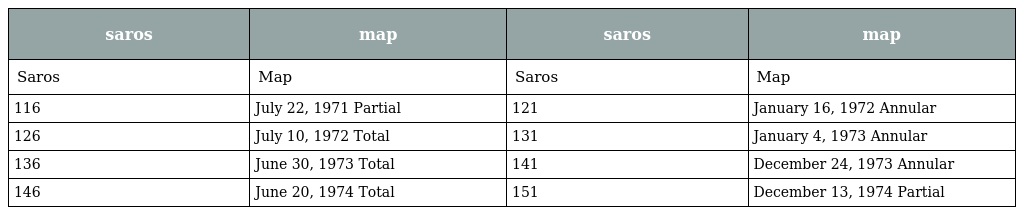
| saros | map | saros | map |
 | --- | --- | --- | --- |
 | Saros | Map | Saros | Map |
 | 116 | July 22, 1971 Partial | 121 | January 16, 1972 Annular |
 | 126 | July 10, 1972 Total | 131 | January 4, 1973 Annular |
 | 136 | June 30, 1973 Total | 141 | December 24, 1973 Annular |
 | 146 | June 20, 1974 Total | 151 | December 13, 1974 Partial |